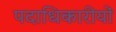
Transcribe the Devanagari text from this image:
पदाधिकारीयों